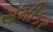
સમીકર